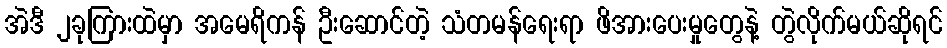
အဲဒီ ၂ခုကြားထဲမှာ အမေရိကန် ဦးဆောင်တဲ့ သံတမန်ရေးရာ ဖိအားပေးမှုတွေနဲ့ တွဲလိုက်မယ်ဆိုရင်